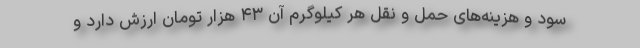
سود و هزینه‌های حمل و نقل هر کیلوگرم آن ۴۳ هزار تومان ارزش دارد و